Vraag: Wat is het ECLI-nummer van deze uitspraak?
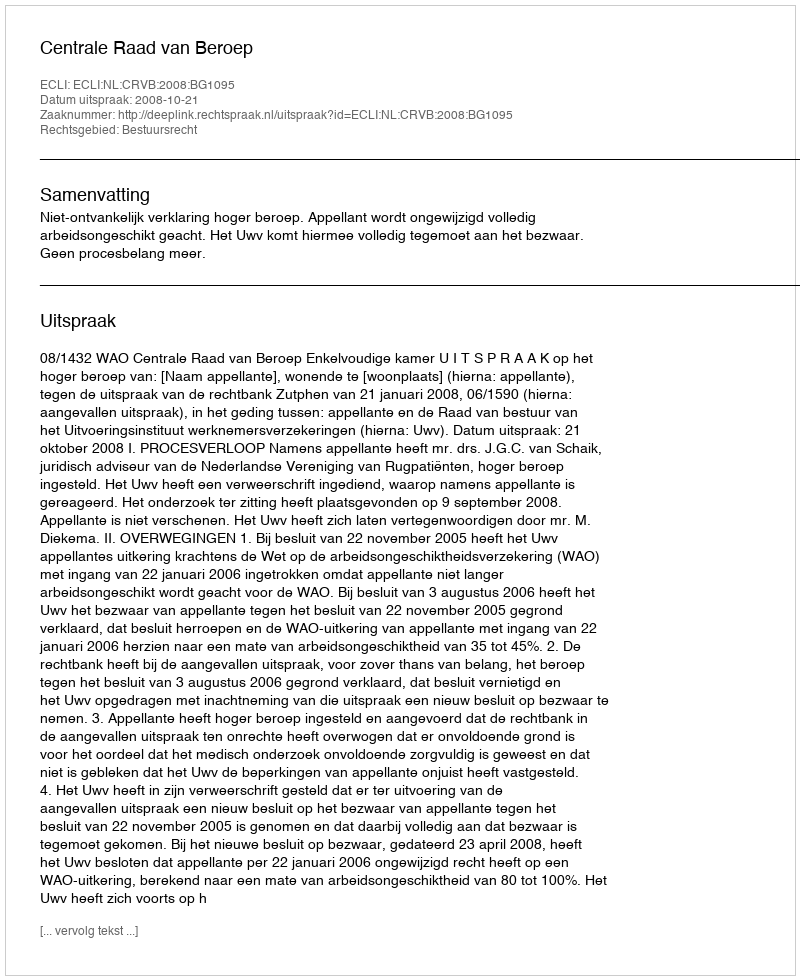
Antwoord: ECLI:NL:CRVB:2008:BG1095